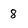
Character: 8